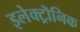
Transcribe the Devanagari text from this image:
इलेक्ट्रॊनिक